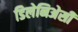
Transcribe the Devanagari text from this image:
डिलेनिअेसी